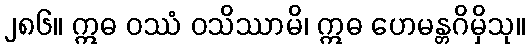
၂၈၆။ ဣဓ ဝဿံ ဝသိဿာမိ၊ ဣဓ ဟေမန္တဂိမှိသု။